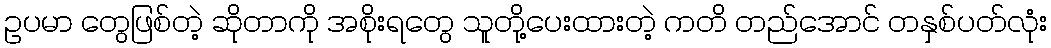
ဥပမာ တွေဖြစ်တဲ့ ဆိုတာကို အစိုးရတွေ သူတို့ပေးထားတဲ့ ကတိ တည်အောင် တနှစ်ပတ်လုံး